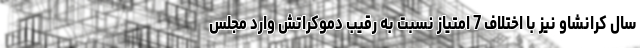
سال کرانشاو نیز با اختلاف 7 امتیاز نسبت به رقیب دموکراتش وارد مجلس